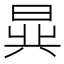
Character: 𬁧